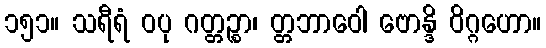
၁၅၁။ သရီရံ ဝပု ဂတ္တဉ္စာ၊ တ္တဘာဝေါ ဗောန္ဒိ ဝိဂ္ဂဟော။